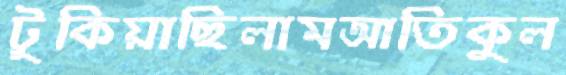
টুকিয়াছিলামআতিকুল